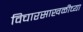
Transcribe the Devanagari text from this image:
विचारसाखळीच्या